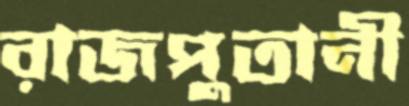
রাজপুতানী